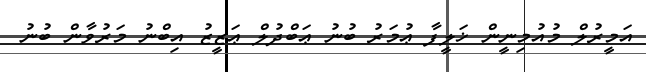
އަމީރުލް މުއުމިނީން ޚަލީފާ ޢުމަރު ބުނު ޢަބްދުލް ޢަޒީޒު އިބްނު މަރުވާން ބުނު